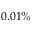
0 . 0 1 \%